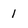
Character: 1